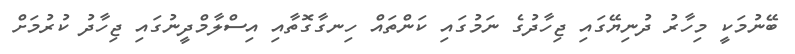
ބޭނުމަކީ މިހާރު ދުނިޔޭގައި ޖިހާދުގެ ނަމުގައި ކަންތައް ހިނގާގޮތާއި އިސްލާމްދީނުގައި ޖިހާދު ކުރުމަށް